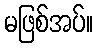
မဖြစ်အပ်။